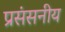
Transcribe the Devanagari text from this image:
प्रसंसनीय